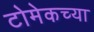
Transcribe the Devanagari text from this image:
टोमेकच्या